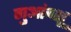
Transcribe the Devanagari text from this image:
गुआंग्शू